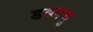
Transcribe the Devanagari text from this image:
डब्लयु